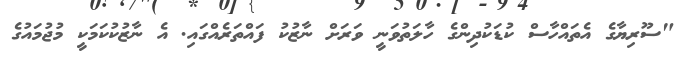
"ސޫރިޔާގެ އެތައްހާސް ކުޑަކުދިންގެ ހާލަތުވަނީ ވަރަށް ނާޒުކު ފައްތަރެއްގައި. އެ ނާޒުކުކަމަކީ މުޖުމައުގެ